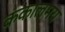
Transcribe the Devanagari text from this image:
कंकालमय